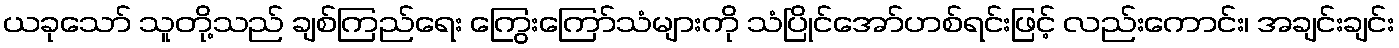
ယခုသော် သူတို့သည် ချစ်ကြည်ရေး ကြွေးကြော်သံများကို သံပြိုင်အော်ဟစ်ရင်းဖြင့် လည်းကောင်း၊ အချင်းချင်း